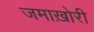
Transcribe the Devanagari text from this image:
जमाख़ोरी